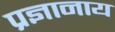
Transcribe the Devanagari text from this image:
प्रज्ञानाय